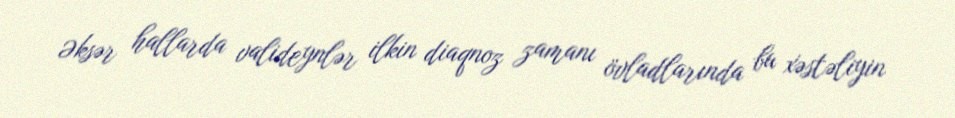
Əksər hallarda valideynlər ilkin diaqnoz zamanı övladlarında bu xəstəliyin